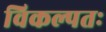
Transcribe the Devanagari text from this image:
विकल्पतः